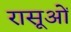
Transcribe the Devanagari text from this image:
रासूओं